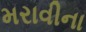
મરાવીના